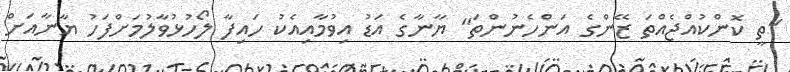
"ތީ ކޮންކުއްޖެއްތަ ޒޭންގެ އަންހެނުންތަ" ޔާނާގެ އަޑު އިވުމާއިއެކު ހައިފާ ލޯހުޅުވާލުމަށްފަހު ޔާނާއަށް